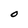
Character: 0